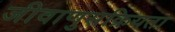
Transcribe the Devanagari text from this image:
जीवाणुसक्रियता